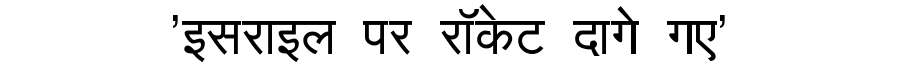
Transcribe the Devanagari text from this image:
'इसराइल पर रॉकेट दागे गए'